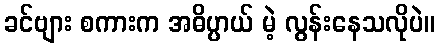
ခင်ဗျား စကားက အဓိပ္ပာယ် မဲ့ လွန်းနေသလိုပဲ။